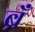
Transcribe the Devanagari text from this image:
ब्रँ